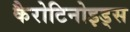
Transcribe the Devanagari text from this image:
कैरोटिनोइड्स